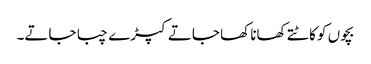
بچوں کو کاٹتے کھانا کھا جاتے کپڑے چبا جاتے۔